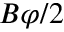
B \varphi / 2